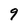
Character: 9